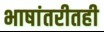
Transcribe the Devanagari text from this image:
भाषांतरीतही